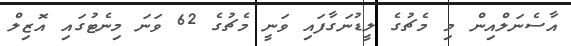
އާސެނަލްއިން މި މެޗުގެ ލީޑުނަގާފައި ވަނީ މެޗުގެ 62 ވަނަ މިނެޓުގައި އޮޒިލް